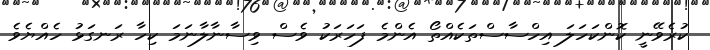
ކުރެވޭނީ ކޮންކަހަލަ އިހްސާސްތަކެއްތޯ އެންމެ ފަހަރަކު ވެސް ވިސާނާލާނަމަ ކިހާ ރަނގަޅު ހެއްޔެވެ